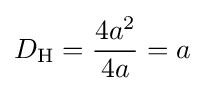
D_{\text{H}}={\frac {4a^{2}}{4a}}=a